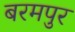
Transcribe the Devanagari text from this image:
बरमपुर